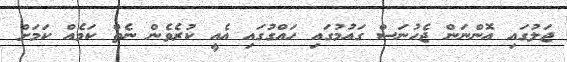
ޖަލުގައި އޮންނަން ޖެހުނަސް ގައުމުގައި ހައްގުގައި އެއީ ކުރެވެން ނެތް ކަމެއް ކަމަށް